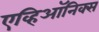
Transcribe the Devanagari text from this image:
एव्हिऑनिक्स